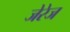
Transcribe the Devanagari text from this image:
जेरेज